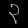
Digit: ၃